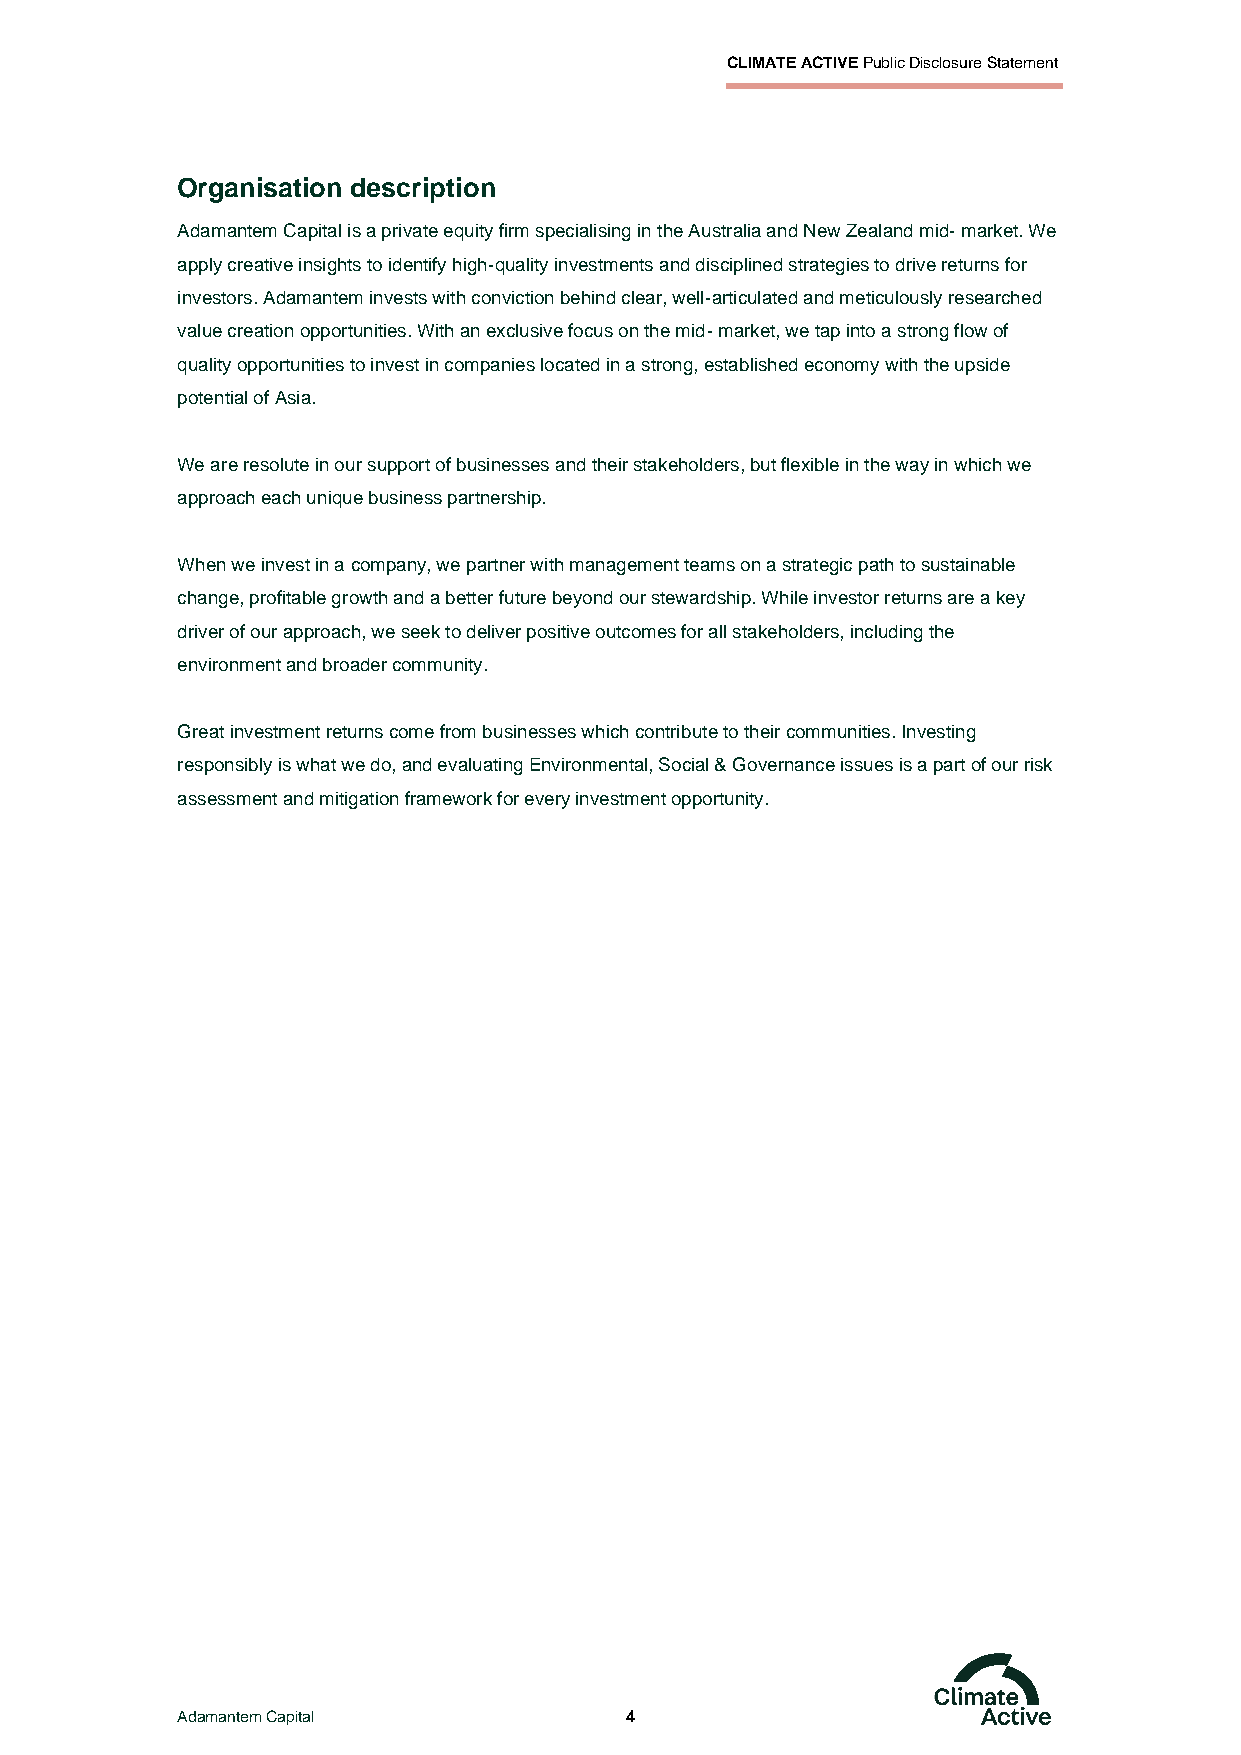
CLIMATE ACTIVE Public Disclosure Statement
 Organisation description
 Adamantem Capital is a private equity firm specialising in the Australia and New Zealand mid- market. We
 apply creative insights to identify high-quality investments and disciplined strategies to drive returns for
 investors. Adamantem invests with conviction behind clear, well-articulated and meticulously researched
 value creation opportunities. With an exclusive focus on the mid- market, we tap into a strong flow of
 quality opportunities to invest in companies located in a strong, established economy with the upside
 potential of Asia.
 We are resolute in our support of businesses and their stakeholders, but flexible in the way in which we
 approach each unique business partnership.
 When we invest in a company, we partner with management teams on a strategic path to sustainable
 change, profitable growth and a better future beyond our stewardship. While investor returns are a key
 driver of our approach, we seek to deliver positive outcomes for all stakeholders, including the
 environment and broader community.
 Great investment returns come from businesses which contribute to their communities. Investing
 responsibly is what we do, and evaluating Environmental, Social & Governance issues is a part of our risk
 assessment and mitigation framework for every investment opportunity.
 Adamantem Capital            4